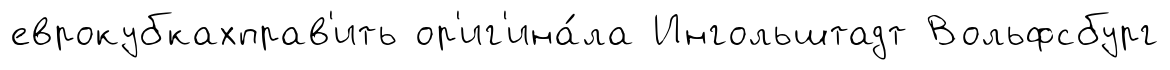
еврокубкахправ'ить ор'иг'ина́ла Ингольштадт Вольфсбург